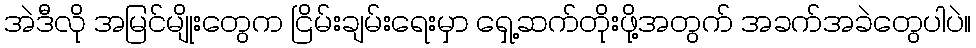
အဲဒီလို အမြင်မျိုးတွေက ငြိမ်းချမ်းရေးမှာ ရှေ့ဆက်တိုးဖို့အတွက် အခက်အခဲတွေပါပဲ။